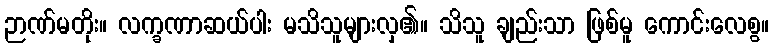
ဉာဏ်မတိုး။ လက္ခဏာဆယ်ပါး မသိသူများလှ၏။ သိသူ ချည်းသာ ဖြစ်မူ ကောင်းလေစွ။